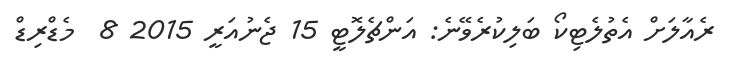
ރެއާލަށް އެތުލެޓިކޯ ބަލިކުރެވޭނެ: އަންޗެލޮޓީ 15 ޖެނުއަރީ 2015 8  މެޑްރިޑް